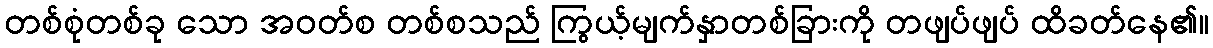
တစ်စုံတစ်ခု သော အဝတ်စ တစ်စသည် ကြွယ့်မျက်နှာတစ်ခြားကို တဖျပ်ဖျပ် ထိခတ်နေ၏။